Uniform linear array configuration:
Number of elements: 8
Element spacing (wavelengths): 1
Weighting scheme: uniform
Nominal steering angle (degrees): -45
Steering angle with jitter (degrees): -46.322
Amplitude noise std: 0.05
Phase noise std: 0.05

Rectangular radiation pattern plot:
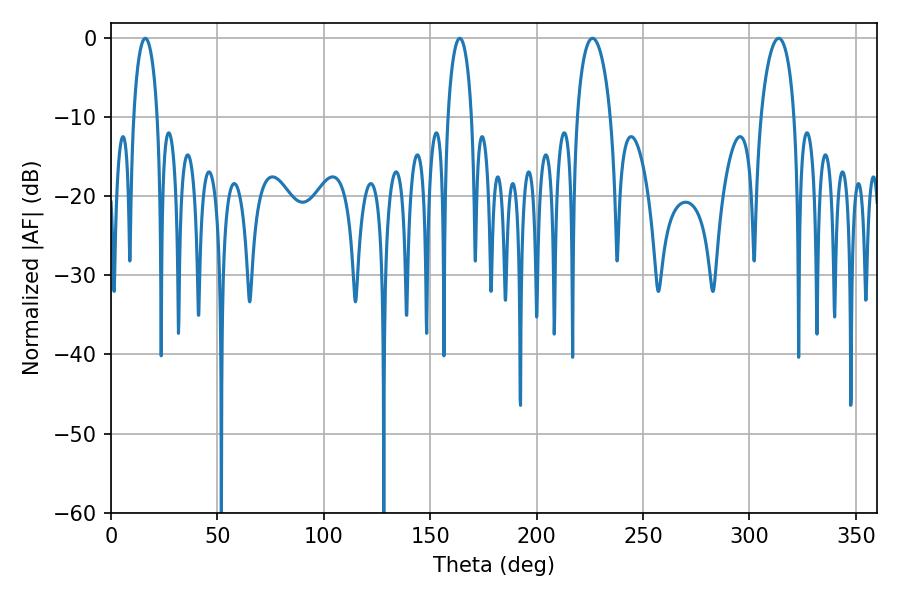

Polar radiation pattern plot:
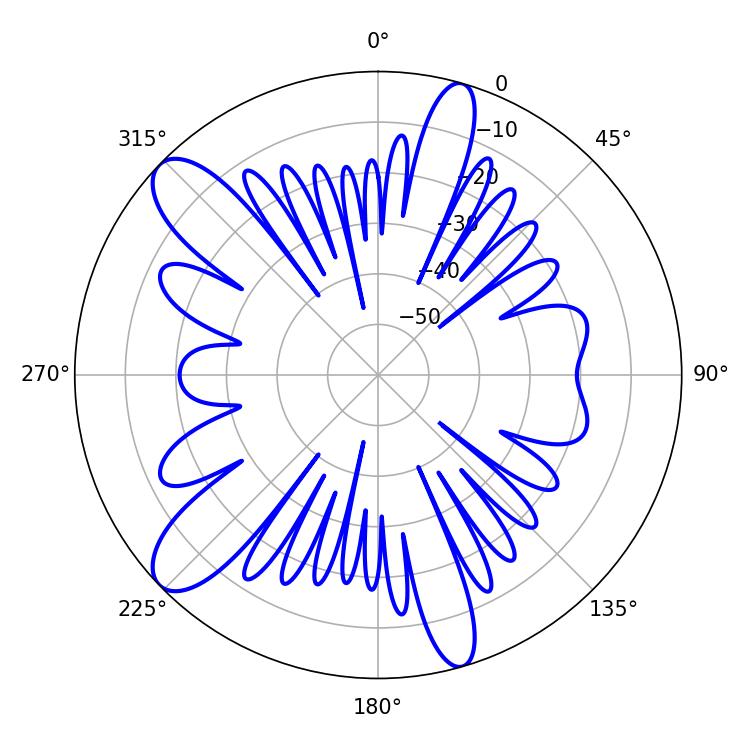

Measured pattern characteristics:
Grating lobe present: TRUE
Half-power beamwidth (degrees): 9
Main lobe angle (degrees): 226.26